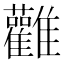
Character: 𮦃